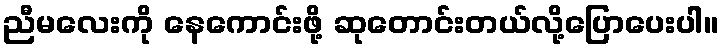
ညီမလေးကို နေကောင်းဖို့ ဆုတောင်းတယ်လို့ပြောပေးပါ။